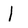
Character: l